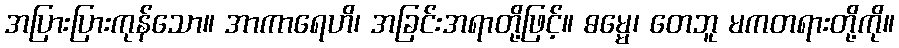
အပြားပြားကုန်သော။ အာကာရေဟိ၊ အခြင်းအရာတို့ဖြင့်။ ဓမ္မေ၊ တေဘူ မကတရားတို့ကို။